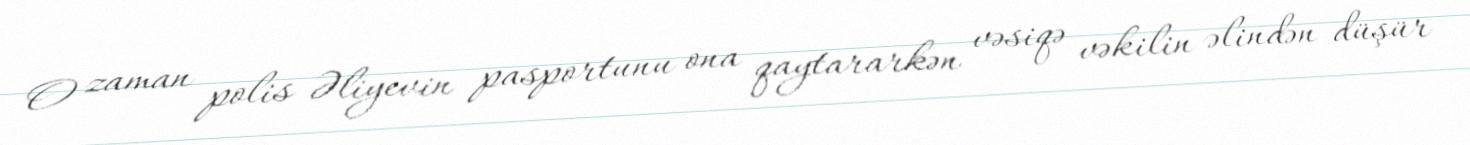
O zaman polis Əliyevin pasportunu ona qaytararkən vəsiqə vəkilin əlindən düşür